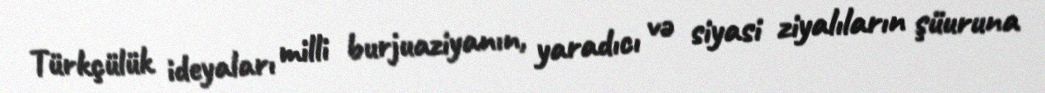
Türkçülük ideyaları milli burjuaziyanın, yaradıcı və siyasi ziyalıların şüuruna